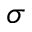
\sigma